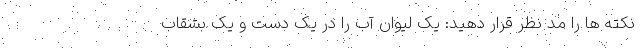
نکته ها را مد نظر قرار دهید: یک لیوان آب را در یک دست و یک بشقاب